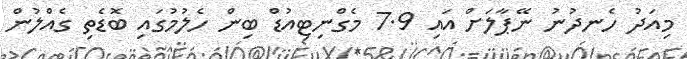
މިއަދު ހެނދުނު ނޭޕާލަށް އައި 7.9 މެގްނިޓިއުޑް ބިން ހެލުމުގައި ބޮޑެތި ގެއްލުން